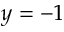
y = - 1